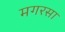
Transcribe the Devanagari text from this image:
मगरसा